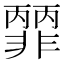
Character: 𩇽